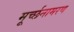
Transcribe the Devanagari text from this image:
मूर्च्छनामरण